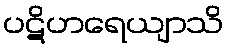
ပဋိဟရေယျာသိ